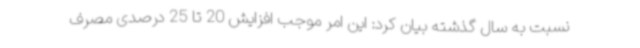
نسبت به سال گذشته بیان کرد: این امر موجب افزایش 20 تا 25 درصدی مصرف